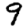
Digit: 9